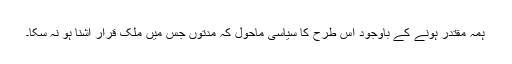
ہمہ مقتدر ہونے کے باوجود اس طرح کا سیاسی ماحول کہ مدّتوں جس میں ملک قرار آشنا ہو نہ سکا۔